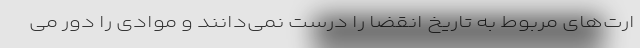
ارت‌های مربوط به تاریخ انقضا را درست نمی‌دانند و موادی را دور می‌